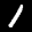
Label: 1